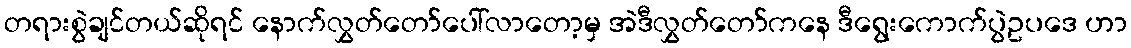
တရားစွဲချင်တယ်ဆိုရင် နောက်လွှတ်တော်ပေါ်လာတော့မှ အဲဒီလွှတ်တော်ကနေ ဒီရွေးကောက်ပွဲဥပဒေ ဟာ